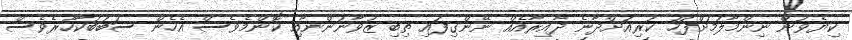
ކިޔެވުން ނިންމާލުމަށްފަހު ކުރިއަށްދާނެ ދާއިރާއެއް ނޭންގިފައި ތިބި ޒުވާނުންނާއި ކޮންމެވެސް އެހެން ސަބަބަކާހުރެވެސް